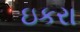
ઇકરા